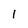
Character: 1